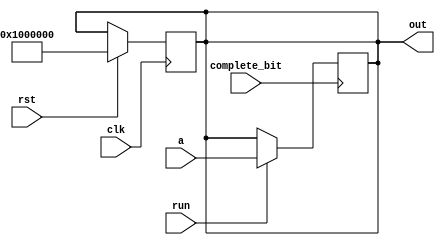
`timescale 1ns / 1ps
//////////////////////////////////////////////////////////////////////////////////
// Company: 
// Engineer: 
// 
// Design Name: 
// Module Name: PC
// Project Name: 
// Target Devices: 
// Tool Versions: 
// Description: 
// 
// Dependencies: 
// 
// Revision:
// Revision 0.01 - File Created
// Additional Comments:
// 
//////////////////////////////////////////////////////////////////////////////////


module PC(
    input clk,rst,run,
    input complete_bit,
    input [31:0] a,
    output [31:0] out
    );
    reg [31:0] counter;
    
    
    always @(posedge clk) begin
    
    if(rst)    counter<=32'h01000000;

    end
    
    always @(posedge complete_bit)begin
    
//    if (complete_bit)  counter<=counter + 32'h00000004;
     if(run) counter<=a;
    end
    
    assign out = counter;
    
endmodule